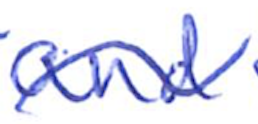
Text: and
Cross-out: wave
Writing tool: ballpoint